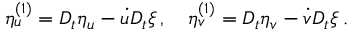
\eta _ { u } ^ { ( 1 ) } = D _ { t } \eta _ { u } - \dot { u } D _ { t } \xi \, , \quad \eta _ { v } ^ { ( 1 ) } = D _ { t } \eta _ { v } - \dot { v } D _ { t } \xi \, .